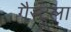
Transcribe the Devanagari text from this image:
गैस्ट्रूला